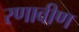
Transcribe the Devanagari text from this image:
रणावीण